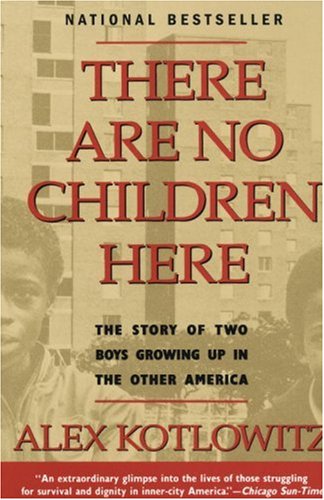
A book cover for There Are No Children Here: The Story of Two Boys Growing Up in The Other America; Alex Kotlowitz; Politics & Social Sciences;